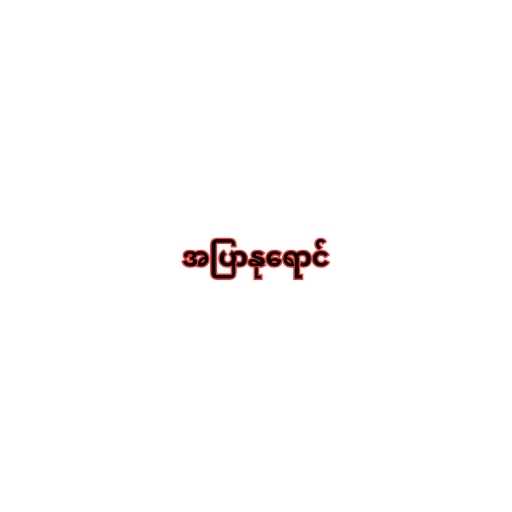
အပြာနုရောင်